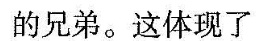
的兄弟。这体现了